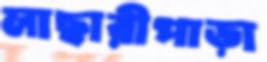
লাছারীপাড়া